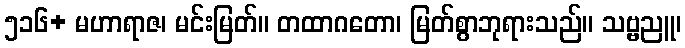
၅၁၆+ မဟာရာဇ၊ မင်းမြတ်။ တထာဂတော၊ မြတ်စွာဘုရားသည်။ သဗ္ဗညူ၊